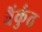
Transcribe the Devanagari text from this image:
वैंकुंठ